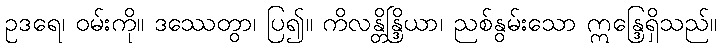
ဥဒရေ၊ ဝမ်းကို။ ဒဿေတွာ၊ ပြ၍။ ကိလန္တိန္ဒြိယာ၊ ညစ်နွမ်းသော ဣန္ဒြေရှိသည်။